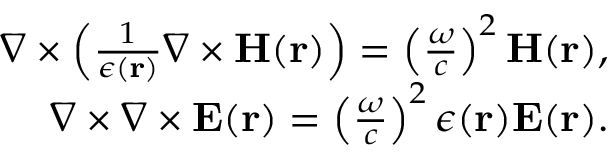
\begin{array} { r } { \nabla \times \left( \frac { 1 } { \epsilon ( { \bf r } ) } \nabla \times { \bf H } ( { \bf r } ) \right) = \left( \frac { \omega } { c } \right) ^ { 2 } { \bf H } ( { \bf r } ) , } \\ { \nabla \times \nabla \times { \bf E } ( { \bf r } ) = \left( \frac { \omega } { c } \right) ^ { 2 } \epsilon ( { \bf r } ) { \bf E } ( { \bf r } ) . } \end{array}